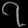
Digit: ၇